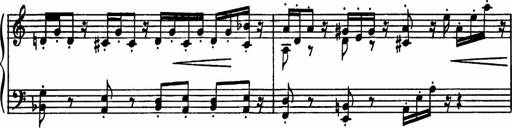
Title: Sonatilla
Composer: Mortimer Wilson
Key: C major